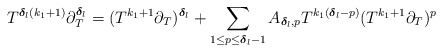
\begin{align*}T^{\boldsymbol{\delta}_{l}(k_{1}+1)} \partial_{T}^{\boldsymbol{\delta}_l} = (T^{k_{1}+1}\partial_{T})^{\boldsymbol{\delta}_l} +\sum_{1 \leq p \leq \boldsymbol{\delta}_{l}-1} A_{\boldsymbol{\delta}_{l},p} T^{k_{1}(\boldsymbol{\delta}_{l}-p)}(T^{k_{1}+1}\partial_{T})^{p}\end{align*}